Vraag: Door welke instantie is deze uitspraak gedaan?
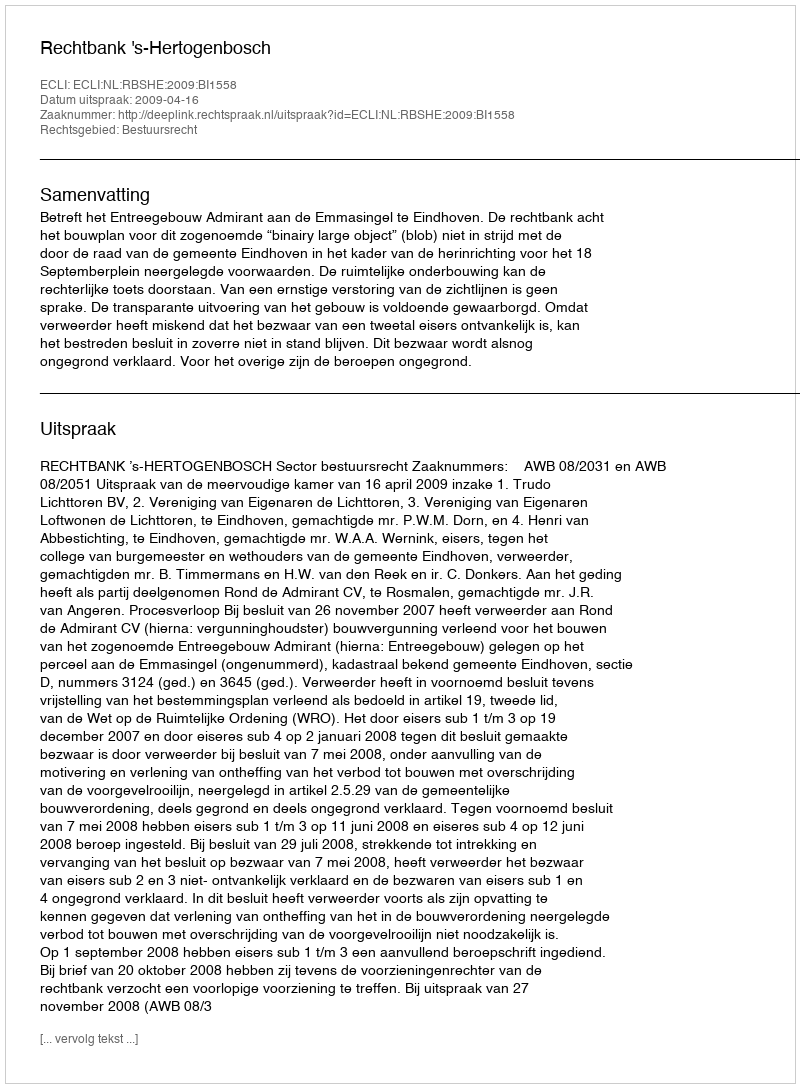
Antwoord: Rechtbank 's-Hertogenbosch